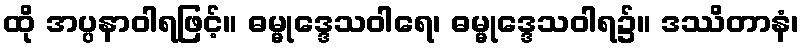
ထို အပ္ပနာဝါရဖြင့်။ ဓမ္မုဒ္ဒေသဝါရေ၊ ဓမ္မုဒ္ဒေသဝါရ၌။ ဒဿိတာနံ၊